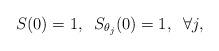
LaTeX: \begin{align*}S(0)=1,\;\; S_{\theta_j}(0)=1,\;\; \forall j, \end{align*}